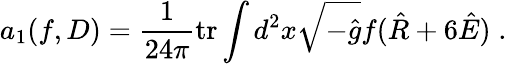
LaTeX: a_{1}(f,D)=\frac 1{24\pi}\mathrm{tr}\int d^{2}x\sqrt{-\hat{g}}f(\hat{R}+6\hat{E})\; .